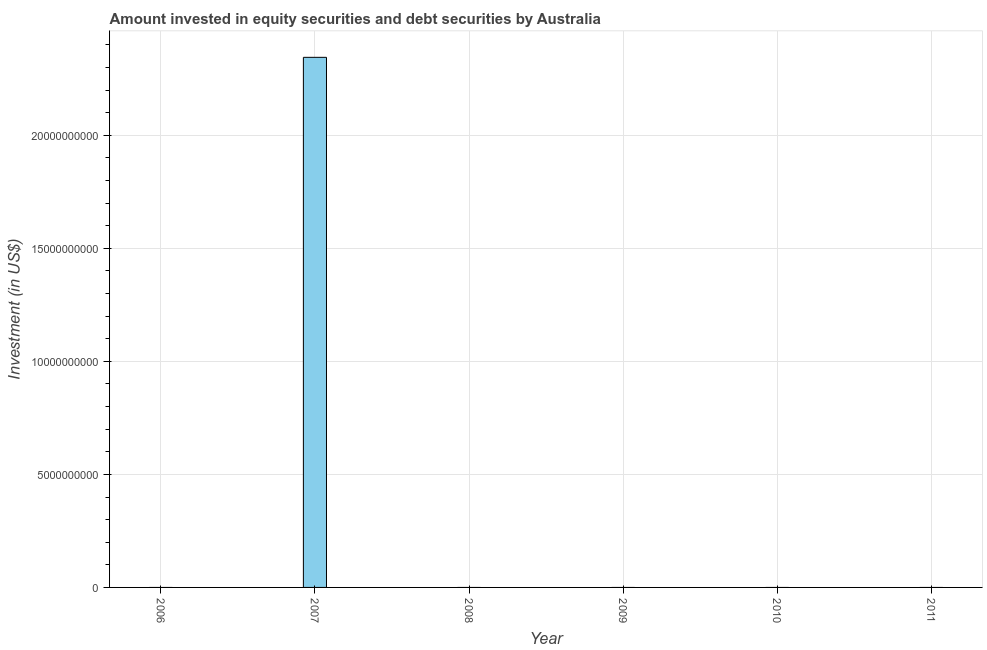
| Year | Portfolio Investment |
 | --- | --- |
 | 2006 | -5.23e+10 |
 | 2007 | 2.35e+10 |
 | 2008 | -3.29e+10 |
 | 2009 | -7.58e+10 |
 | 2010 | -6.88e+10 |
 | 2011 | -3.47e+10 |